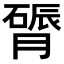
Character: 𬛔